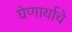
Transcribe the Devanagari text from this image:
घेणार्याचे